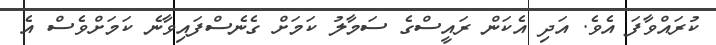
ކުރައްވާފަ އެވެ. އަދި އެކަން ރައީސްގެ ސަމާލު ކަމަށް ގެނެސްފައިވާނެ ކަމަށްވެސް އެ